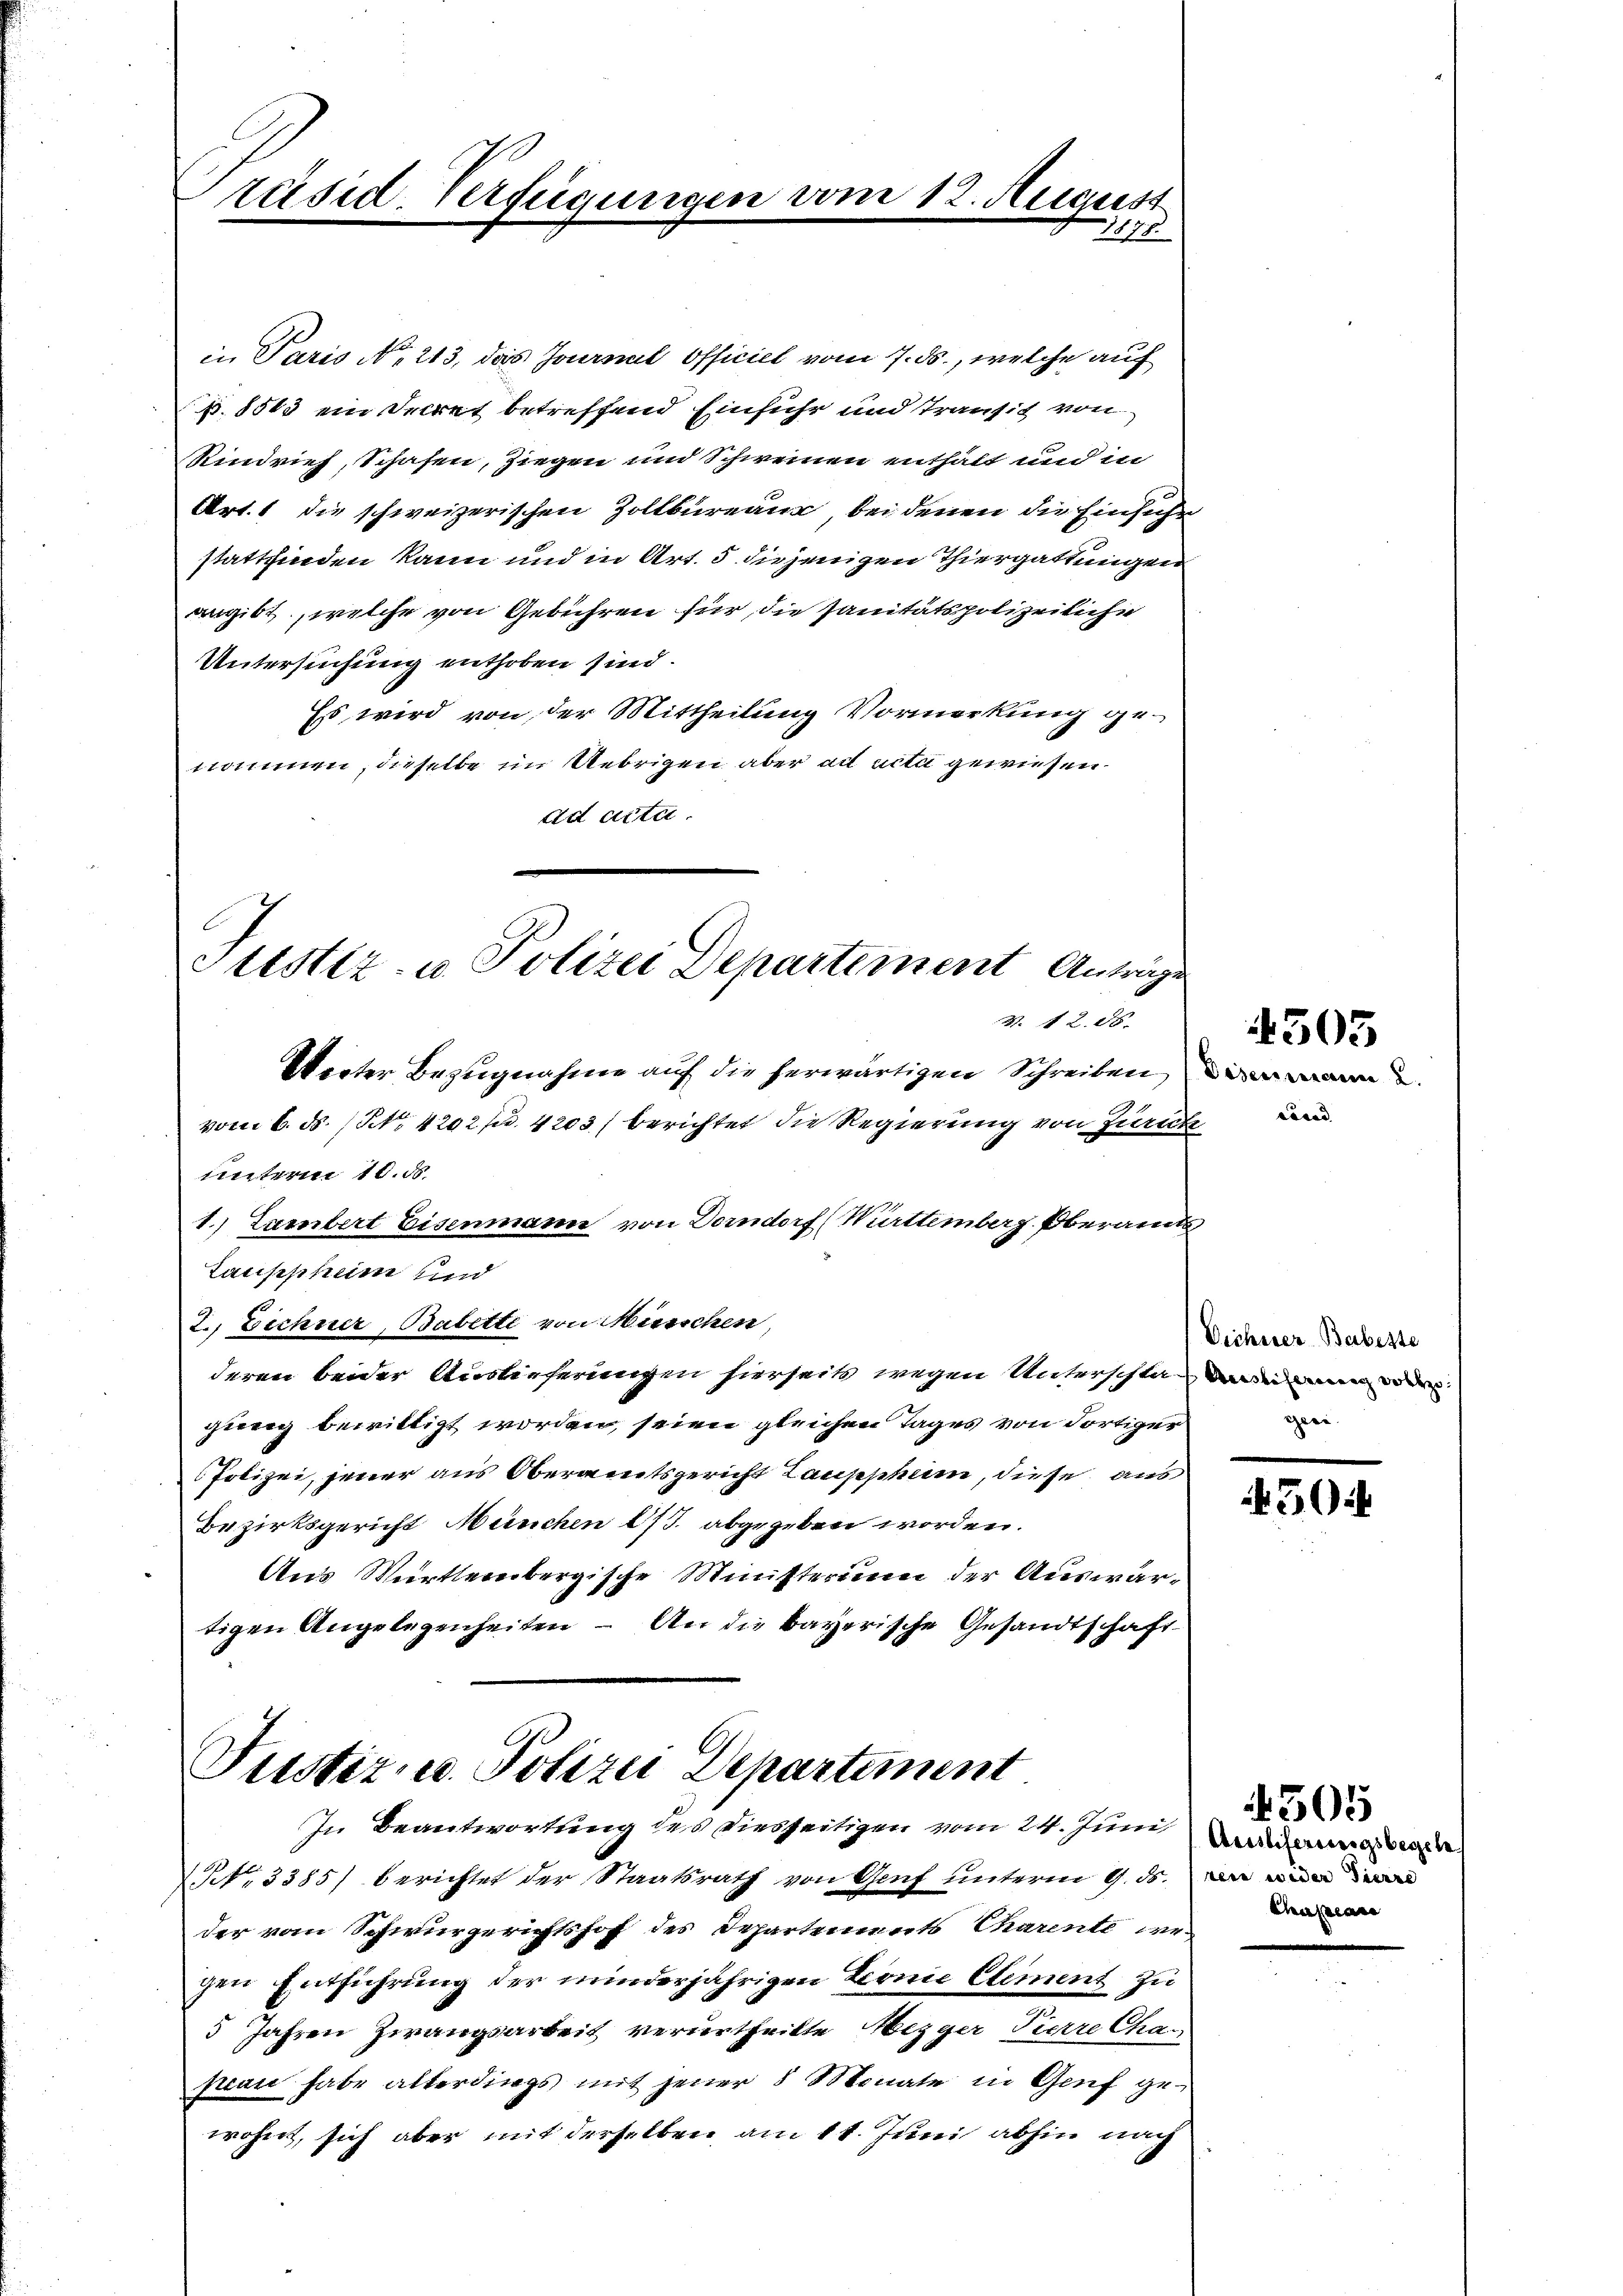
Präsid. Verfügungen

eauss
1878.

in Paris No 213, das Journal officiel vom 7. ds., welche auf
§. 8503 ein Decret betreffend Einfuhr und Transit von
Rindvieh, Schafen, Ziegen und Schweinen enthalt und in
Art. 1 die schweizerischen Zollbüreau, bei denen die Einsiche
stattfinden kann und in Art. 5 diejenigen Thiergattungen
angibt, welche von Gebühren für die sanitätspolizeiliche
Untersuchung enthoben sind.
Es wird von der Mittheilung Vormerkung genommen, dieselbe im Uebrigen aber ad acta gewiesen.
ad acta.

Justiz- u. Polizei Departement Anträge
Z. 12. 86.
Werter Bezugnahme auf die herwärtigen Schreiben war

vom 6. ds. (NNo. 4202 f. 4203/ berichtet die Regierung von Zurück
unterm 10. 58.
1. Lambert Eisenmann von Dorndorf (Württemberg. Oberamts
Laupheim und
2. Eichner, Babette von Müsschen
deren beider Auslieferungen hierseits wegen Unterschta dann wi
gweg bewilligt worden, seien gleichen Tages von dortiger
Polizei, jener aus Oberamtsgericht Laupheim, diese aus
Bezirksgericht München 1/3 abgegeben worden.
Aus Württembergische Ministerium der Auswärtigen Angelegenheiten – An die bayerische Gesandtschaft

Justiz- u. Polizei Departement
In Beantwortung des dieszeitigen vom 24. Juni, Madamowi

No. 3385) berichtet der Staatsrath von Genf unterm 9. ds. an die
der vom Schwurgerichtshof des Departements Charente wegen Entführung der minderjährigen Leonie Element zu
5 Jahren Zwangsarbeit verurtheilte Mezger Tierre Cha-
ftan habe alterdings mit jener 8 Monate in Genf gewohnt, sich aber mit derselben am 11. Juni abhin nach

3

50:

4505

2

Dicherer Babeste
i

Chaplan

4505